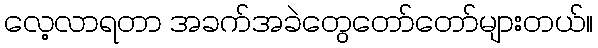
လေ့လာရတာ အခက်အခဲတွေတော်တော်များတယ်။